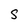
Character: S